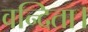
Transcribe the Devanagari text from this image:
वन्दिता।